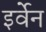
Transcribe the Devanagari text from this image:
इर्वेन